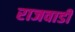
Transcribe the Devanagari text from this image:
राजवाडी